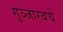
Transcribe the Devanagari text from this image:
गुञ्जारवचे